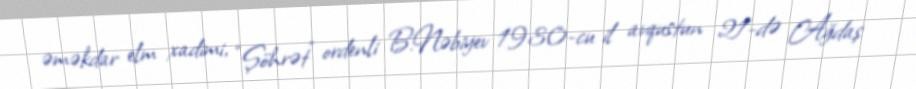
əməkdar elm xadimi, “Şöhrət” ordenli B.Nəbiyev 1930-cu il avqustun 21-də Ağdaş